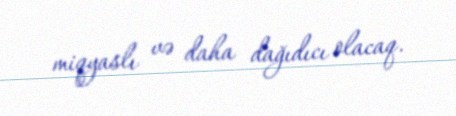
miqyaslı və daha dağıdıcı olacaq.